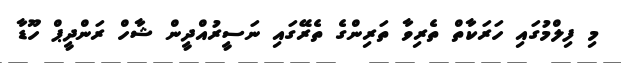
މި ފިލްމުގައި ހަރަކާތް ތެރިވާ ތަރިންގެ ތެރޭގައި ނަސީރުއްދީން ޝާހް ރަންދީޕް ހޫޑާ